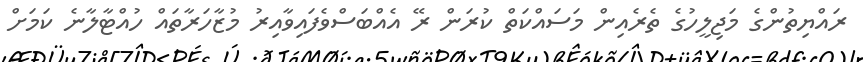
ރައްޔިތުންގެ މަޖިލީހުގެ ތެރެއިން މަސައްކަތް ކުރަން ރޭ އެއްބަސްވެފައިވާއިރު މުޒާހަރާތައް ހުއްޓާލާނެ ކަމަށް